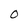
Character: 0